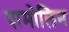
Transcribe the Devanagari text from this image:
पामोलिन